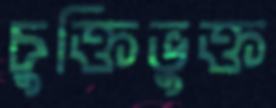
চুক্তিভুক্ত